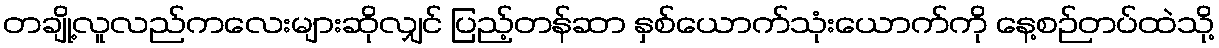
တချို့လူလည်ကလေးများဆိုလျှင် ပြည့်တန်ဆာ နှစ်ယောက်သုံးယောက်ကို နေ့စဉ်တပ်ထဲသို့